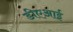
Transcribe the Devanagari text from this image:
डीएआई